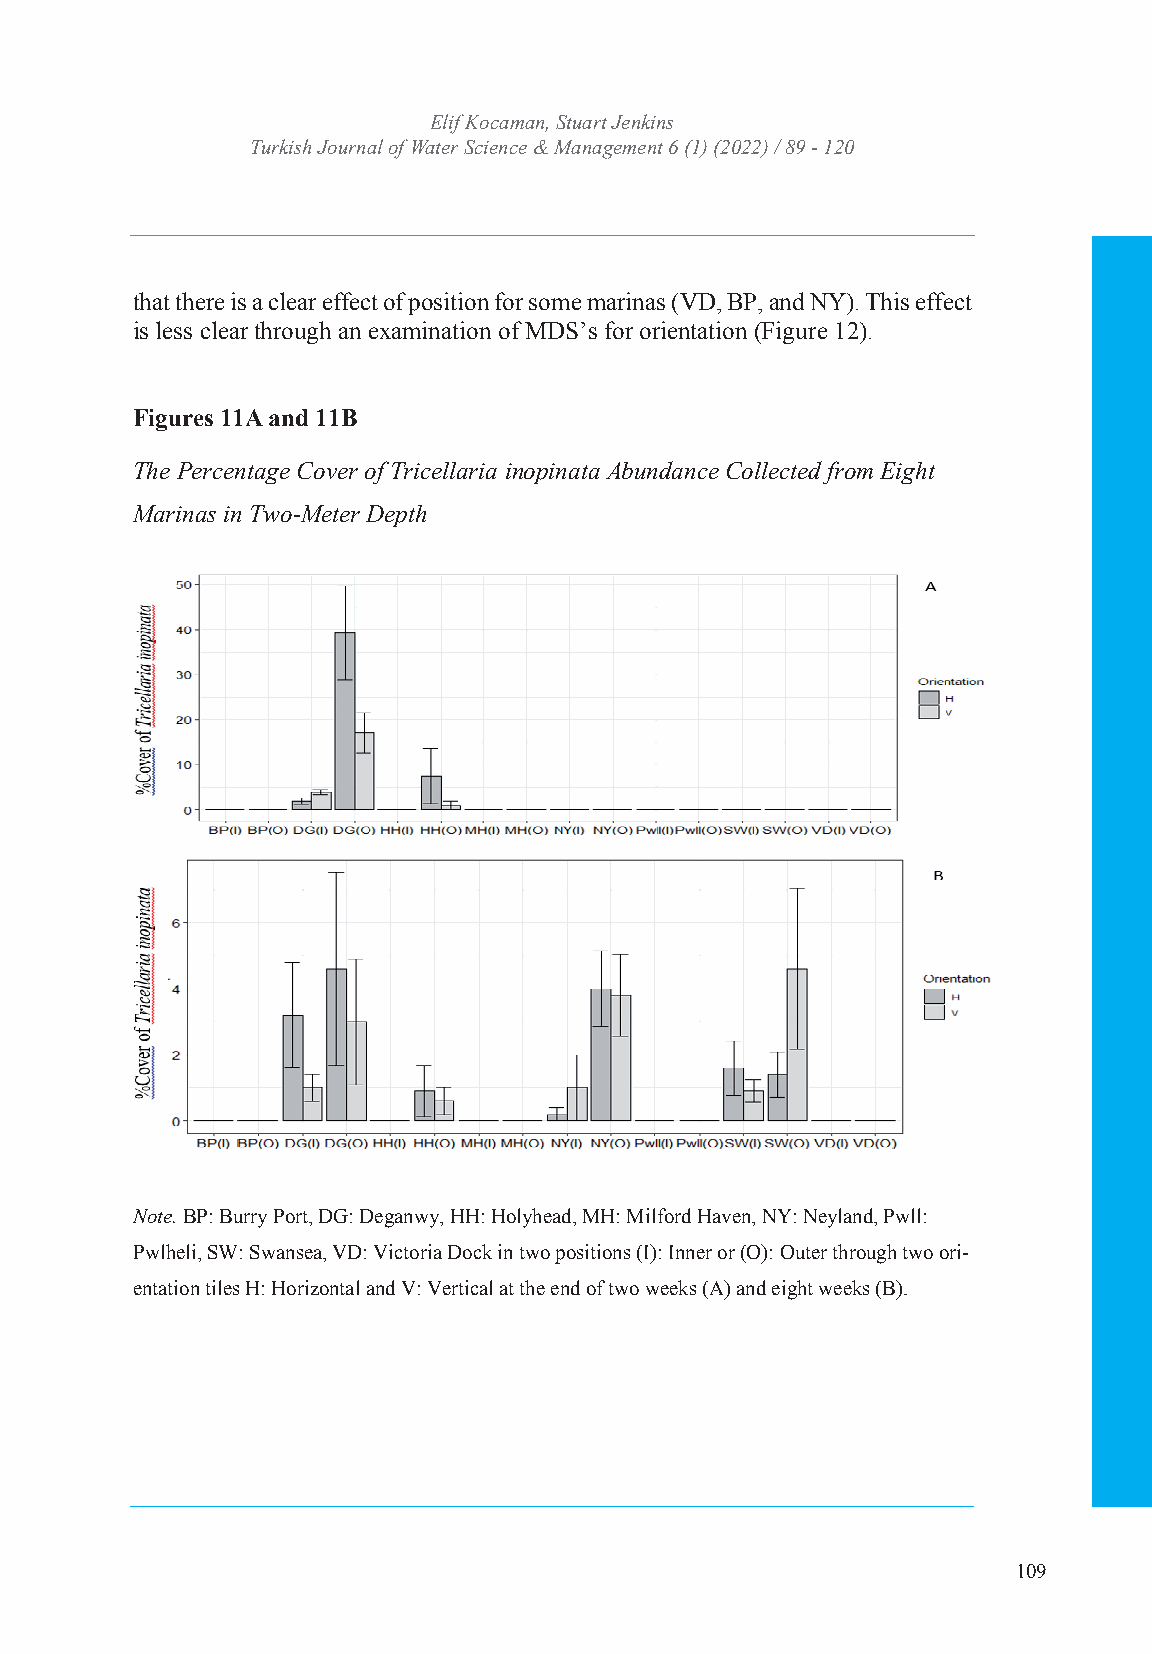
Turkish JoEulrinf aKl oocfa Wmaatne,r SStcuiaerntc Jee &nk Minsanagement
 Turkish Journal of WIaStSeNr: S2c53ie6n 4c7e4 X& / eM-IaSSnNa:g 2e5m64e-n7t3 364 (1) (2022) / 89 - 120
 Volume: 6 Issue: 1 Year: 2022
 that there is a clear effect of position for some marinas (VD, BP, and NY). This effect
 is less clear through an examination of MDS’s for orientation (Figure 12).
 that ther e is a clear effect of position for some marinas (VD, BP, and NY). This effect
 Fisi gleusrse csl e1a1rA th arnoudg 1h1 aBn examination of MDS’s for orientation (Figure 12).
 that there is a clear effect of position for some marinas (VD, BP, and NY). This effect
 is less clear through an examination of MDS’s for orientation (Figure 12).
 The Per centage Cover of Tricellaria inopinata Abundance Collected from Eight
 Figure s 11A and 11B
 Marinas in Two-Meter Depth
 Figures 11A and 11B
 The Percentage Cover of Tricellaria inopinata Abundance Collected from Eight
 The Percentage Cover of Tricellaria inopinata Abundance Collected from Eight
 MM aa rr inin asa s
 in
 i n
 Tw
 T ow -Mo- eM tere t De er
 p
 D the pth
 NNootete. .B BP:P B: uBrruyr rPyo rPt,o DrtG, :D DGeg: aDnwegya, nHwHy: ,H HolHyh: eHado, lMyhHe:a Md,i lMforHd :H Mavielfno, rNdY H: aNveeynla,n Nd,Y P:w Nll:e yland, Pwll:
 Pwlheli, SW: Swansea, VD: Victoria Dock in two positions (I): Inner or (O): Outer through two ori-
 Pwlheli, SW: Swansea, VD: Victoria Dock in two positions (I): Inner or (O): Outer through two ori-
 entation tiles H: Horizontal and V: Vertical at the end of two weeks (A) and eight weeks (B).
 entation tiles H: Horizontal and V: Vertical at the end of two weeks (A) and eight weeks (B).
 N ote. B P: Burry Port, DG: Deganwy, HH: Holyhead, MH: Milford Haven, NY: Neyland, Pwll:
 Pwlheli, SW: Swansea, VD: Victoria Dock in two positions (I): Inner or (O): Outer through two ori-
 entation tiles H: Horizontal and V: Vertical at the end of two weeks (A) and eight weeks (B).
 21
 21
 109
 21